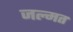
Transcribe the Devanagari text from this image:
जल्मत